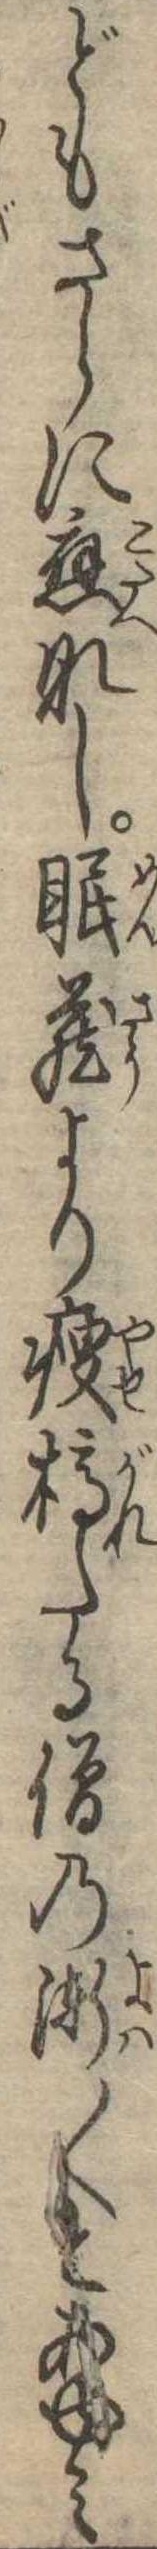
どもさらに応なし眠蔵より痩槁たる僧の漸〱とあゆみ